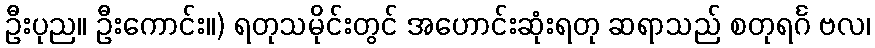
ဦးပုည။ ဦးကောင်း။) ရတုသမိုင်းတွင် အဟောင်းဆုံးရတု ဆရာသည် စတုရင်္ဂ ဗလ၊